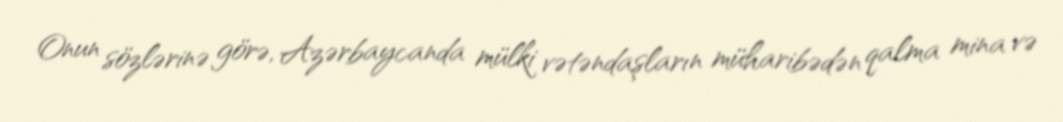
Onun sözlərinə görə, Azərbaycanda mülki vətəndaşların müharibədən qalma mina və